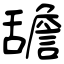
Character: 舚